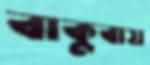
বাকুবায়